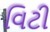
વિટી